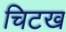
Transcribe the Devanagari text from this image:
चिटख